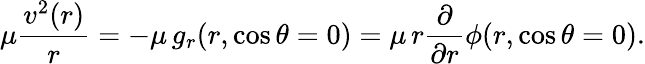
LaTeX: \mu\frac{v^{2}(r)}{r}=-\mu\, g_{r}(r,\cos\theta=0)=\mu\, r\frac{\partial}{\partial r}\phi(r,\cos\theta=0).